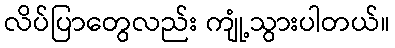
လိပ်ပြာတွေလည်း ကျုံ့သွားပါတယ်။